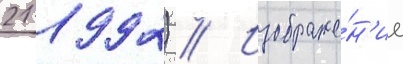
21 1992) // Изображе́н'ие